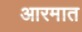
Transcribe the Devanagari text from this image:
आरमात